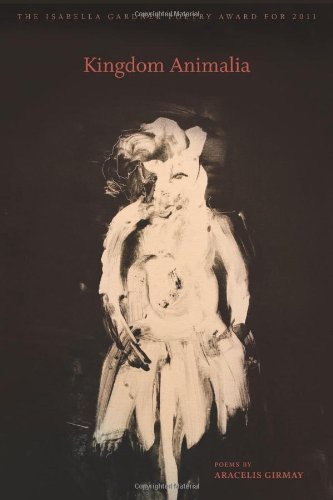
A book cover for Kingdom Animalia (American Poets Continuum); Aracelis Girmay; Literature & Fiction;